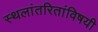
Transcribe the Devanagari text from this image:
स्थलांतरितांविषयी